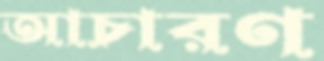
আচারণ